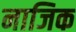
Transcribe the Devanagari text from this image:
नाजिक